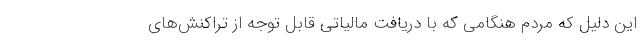
این دلیل که مردم هنگامی که با دریافت مالیاتی قابل توجه از تراکنش‌های